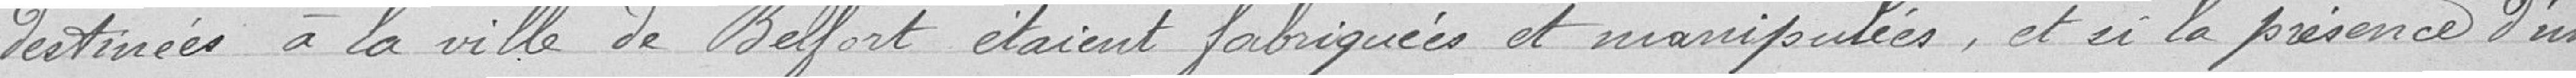
destinées à la Ville de Belfort étaient fabriquées et municipales, et si la présence d'un